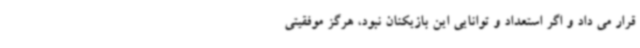
قرار می داد و اگر استعداد و توانایی این بازیکنان نبود، هرگز موفقیتی